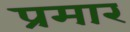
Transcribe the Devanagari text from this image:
प्रमार